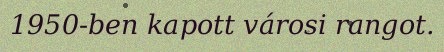
1950-ben kapott városi rangot.